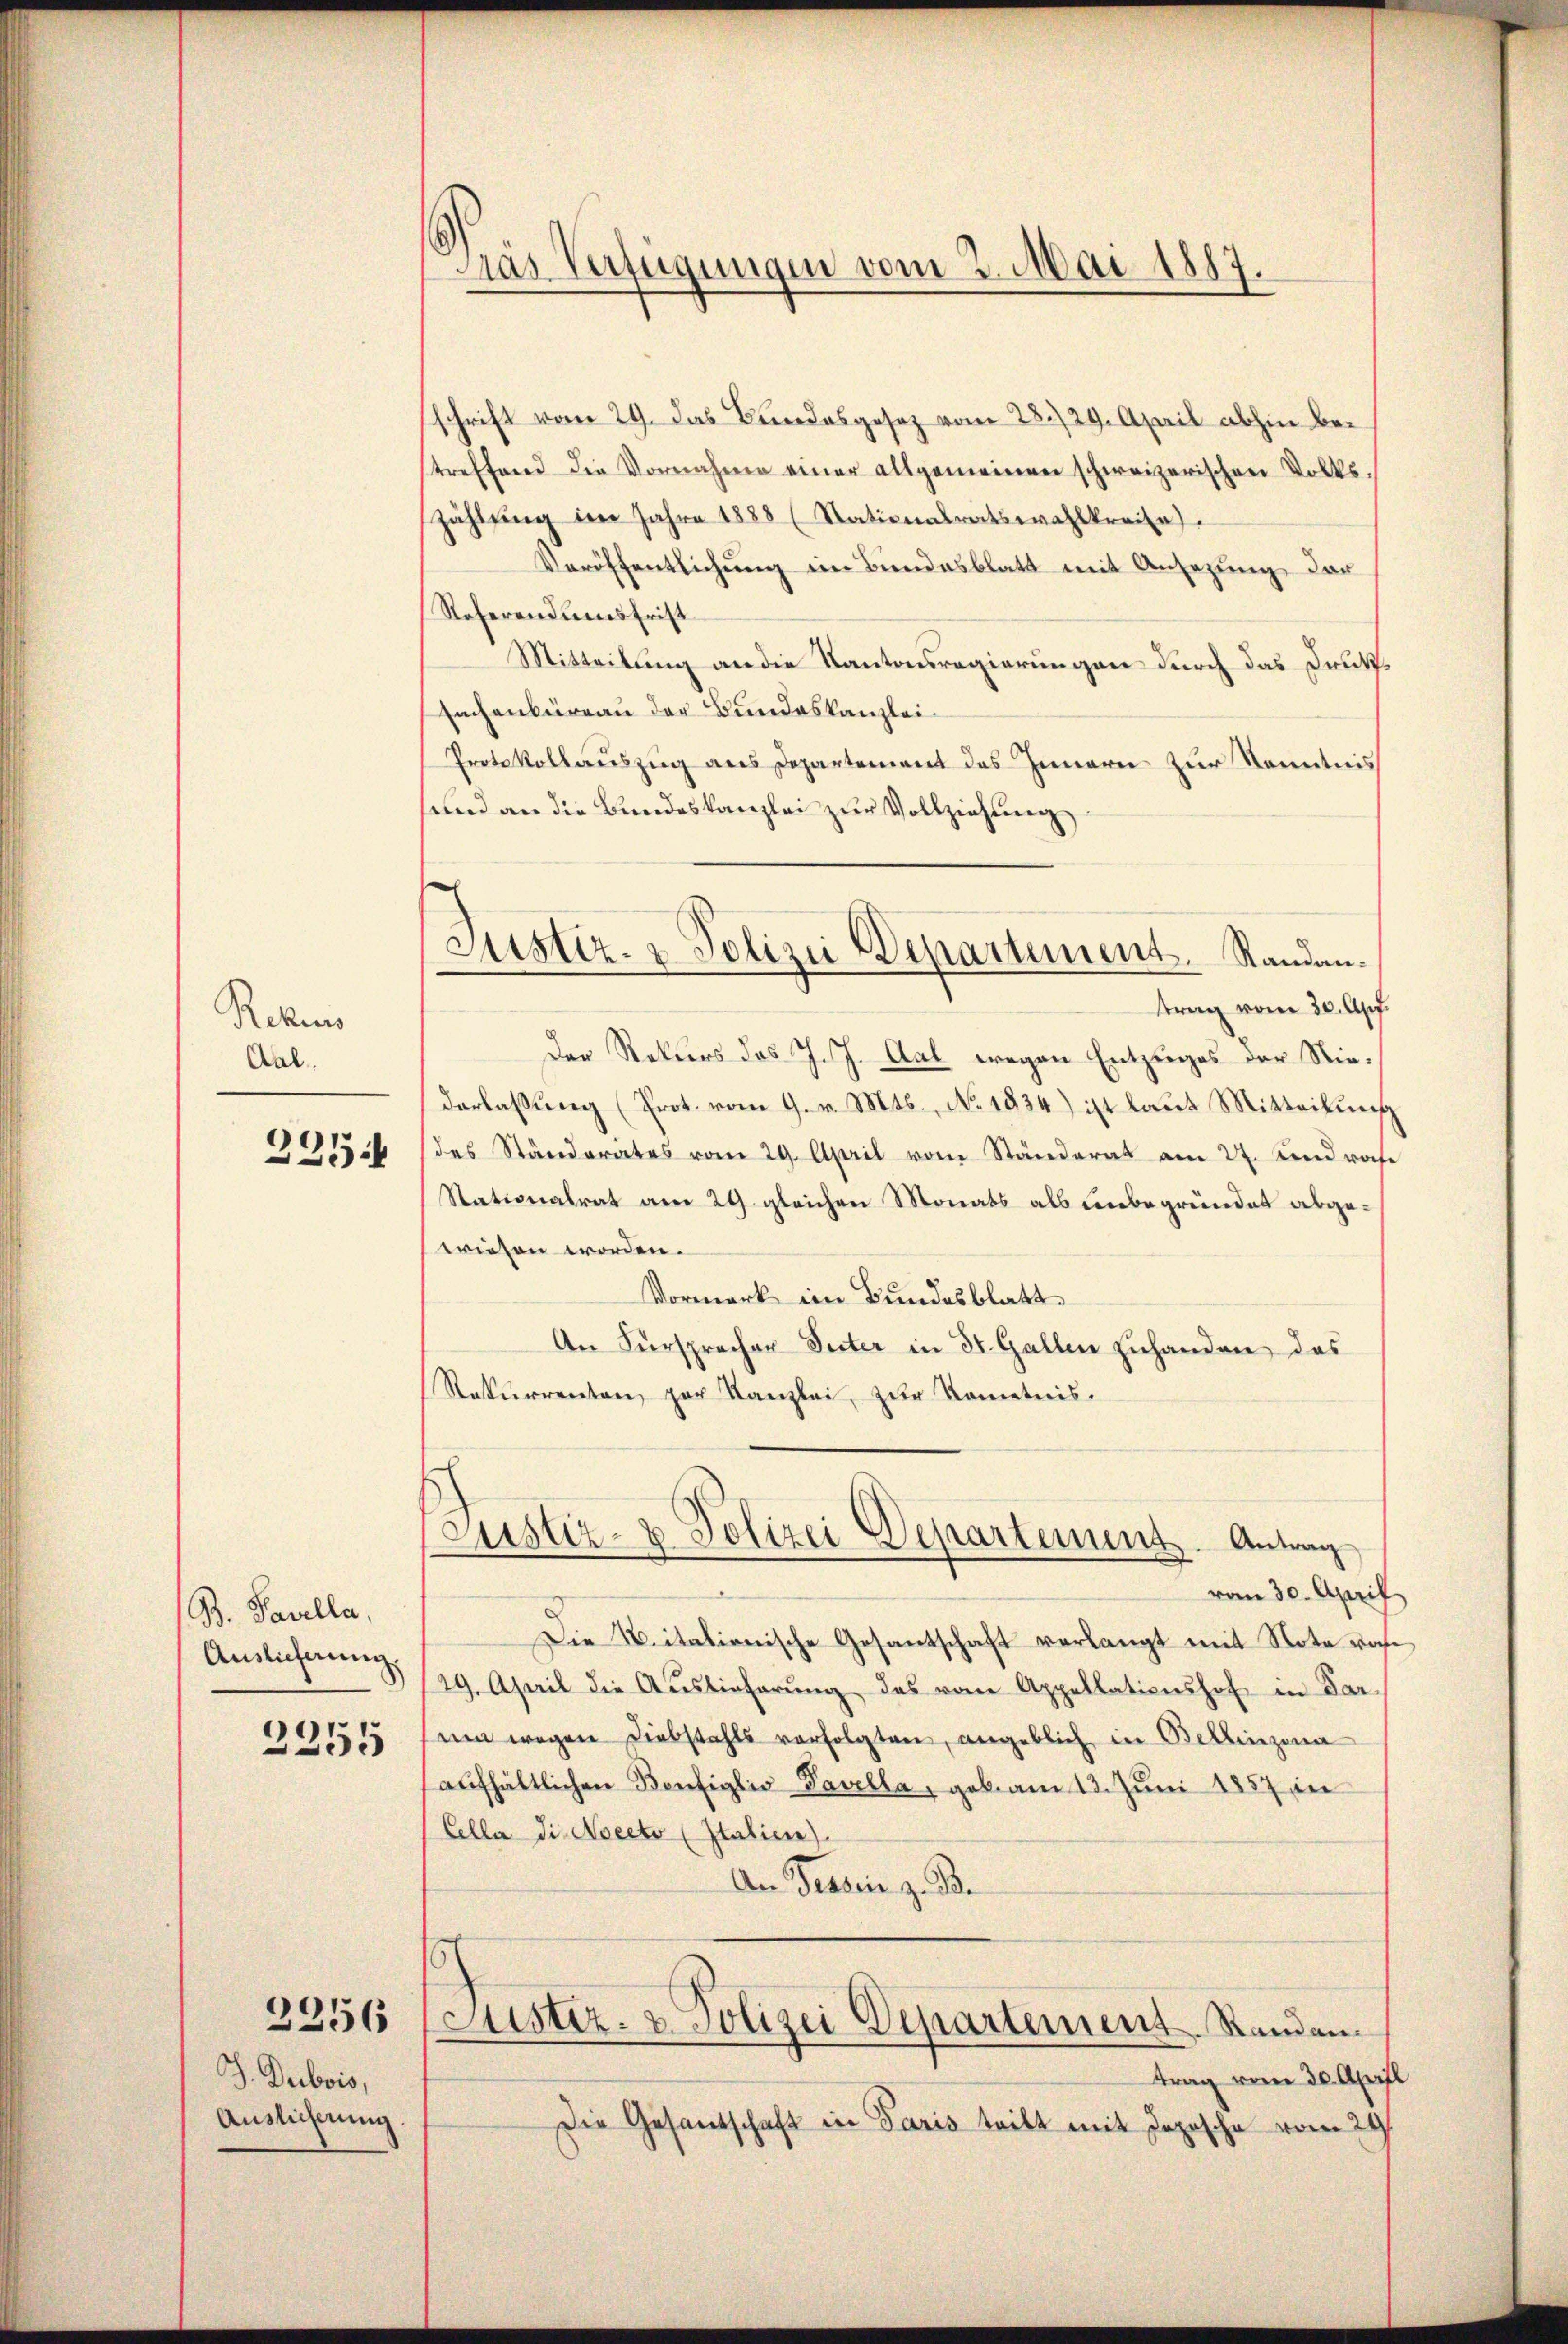
Rebens
Aal.
235.

B. Savella,
Auslieferung.
2255

J. Dubois,
Auslicherung.

2356

Dias Verfügungen vom 2. Mai 1887

schrift vom 29. das Basse vom 28./29. April abhin betreffend die Vornahme einer allgemeinen schweizerischen Volks-
zählung im Jahre 1888 (Stationalratswahlkreise
Veröffentlichŭng im Bundesblatt mit Ansezung der
Referendues Frist
Mitteilung an die Kantonsregierungen durch das Druk¬
Sachenbüreau der Bundeskanzlei.
Protokollauszeig aus Departement das Innern zur Kenntnis
sund an die Bundeskanzlei zur Vollziehung

Justiz- & Polizei Departement. Randantrag vom 30. Apr.

Justiz- & Polizei Departement. Antrag

Der Rektors des J. J. Aal wegen Entzuges der Niederlassung (Prot. vom 9. v. Mts., No. 1834) ist laut Mitteilung
des Ständerates vom 29. April vom Ständerat am 27. Androhe
Stationalrat am 29. gleichen Monats als unbegründet abgewiesen worden.
Vormerk im Bundesblatt
An Fürspracher Seiter in 31. Gallen zuhanden, das
Rekurrenten, zur Kanzlei, zur Kenntnis.

vom 30. April
Die Citationische Gesantschaft verlangt mit Note von
29. April die Aŭslieferŭng des vom Appellationshof in Par-
se wegen Diebstahls verfolgten, angeblich in Bellinzona
aufhältlichen Bonfiglio-Pavella, gebam 13. Juni 1857 in
Cella die Noecto (Italien).
An Tessin z. B.

s
Justiz- & Polizei Departement. Standen.

trag vom 30. April
Die Gesandschaft in Paris teilt mit Jopische vom 29st